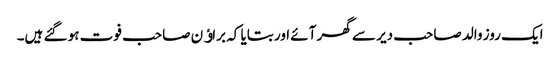
ایک روز والد صاحب دیر سے گھر آئے اور بتایا کہ براﺅن صاحب فوت ہو گئے ہیں۔